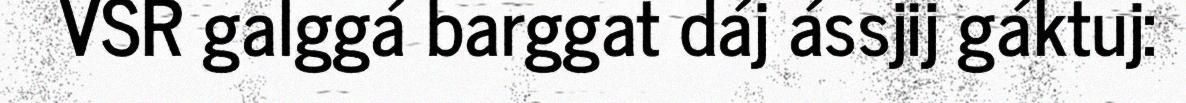
VSR galggá barggat dáj ássjij gáktuj: